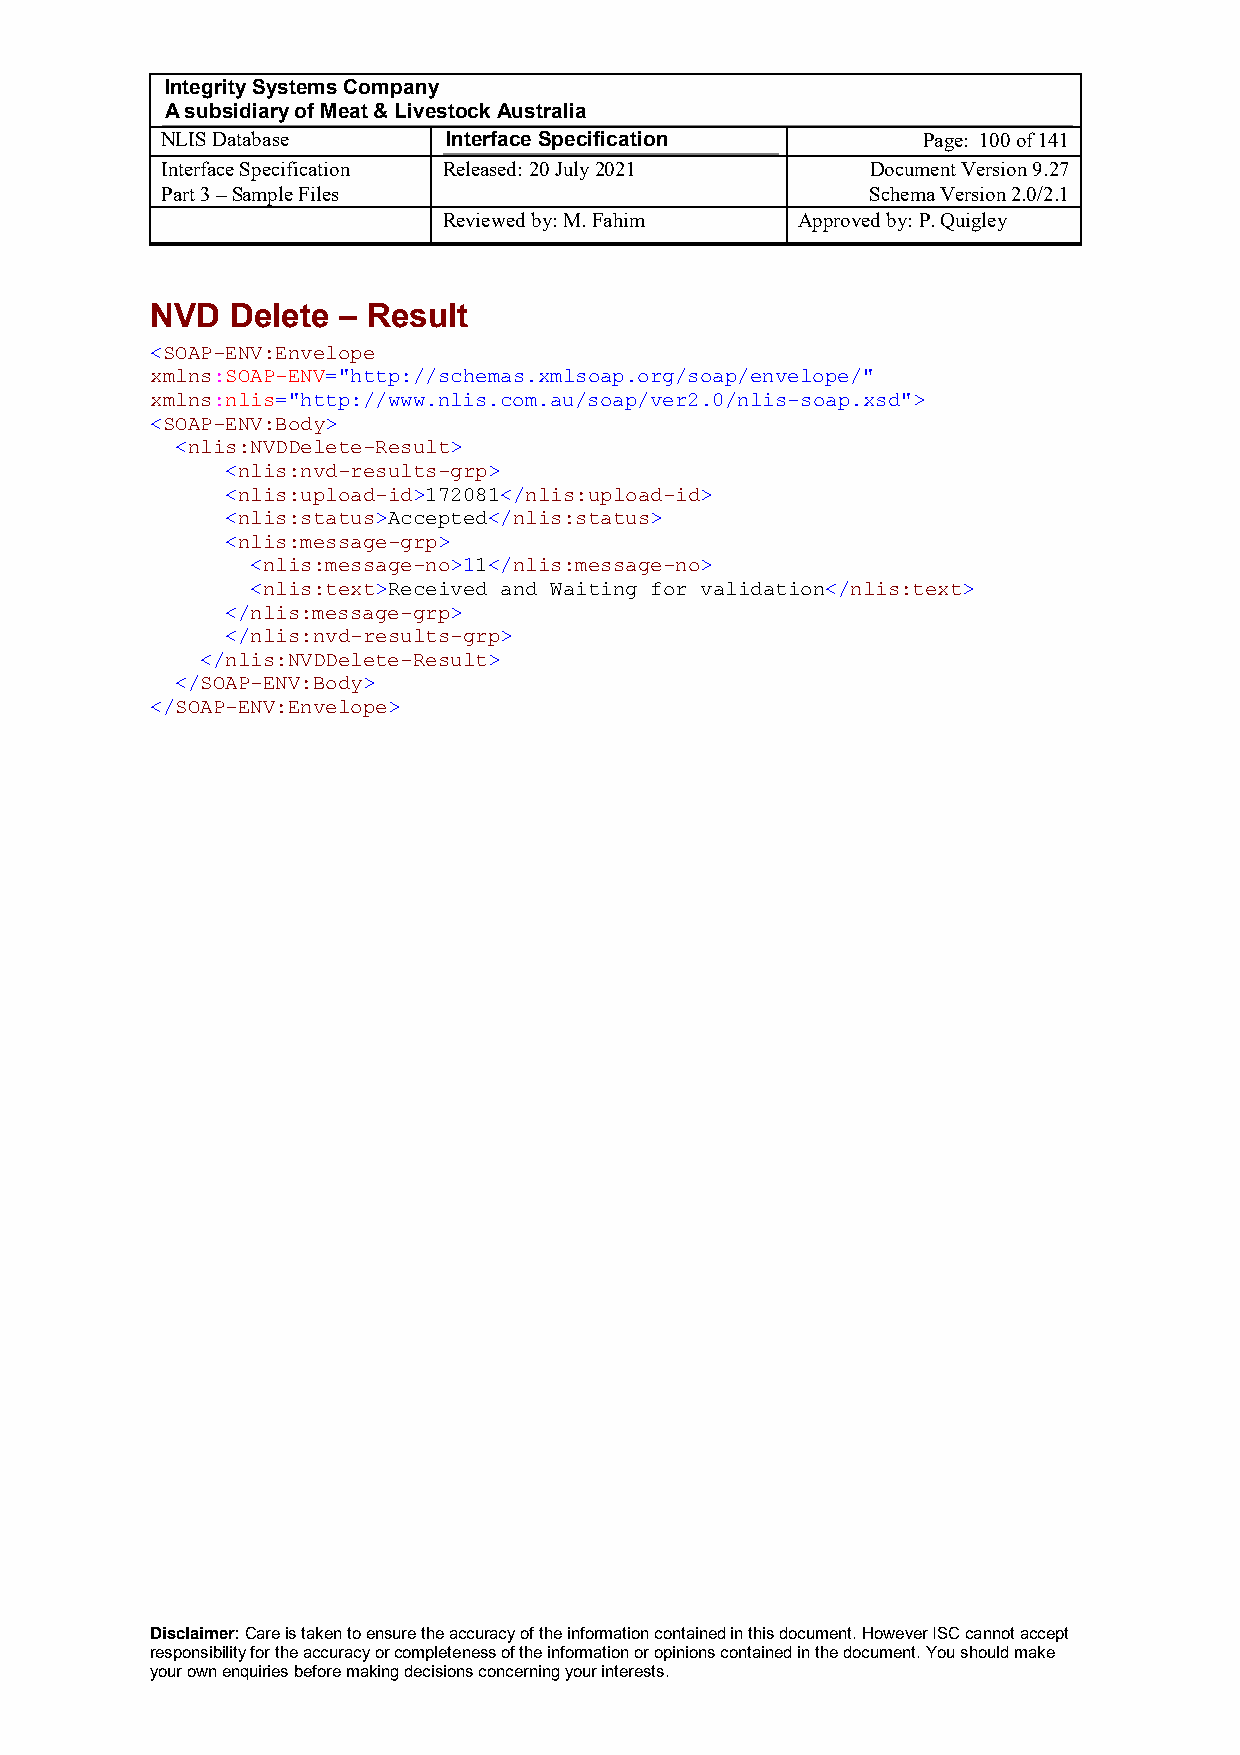
Integrity Systems Company
 A subsidiary of Meat & Livestock Australia
 NLIS Database      Interface Specification        Page: 100 of 141
 Interface Specification Released: 20 July 2021 Document Version 9.27
 Part 3 – Sample Files                          Schema Version 2.0/2.1
 Reviewed by: M. Fahim   Approved by: P. Quigley
 NVD  Delete – Result
 <SOAP-ENV:Envelope
 xmlns:SOAP-ENV="http://schemas.xmlsoap.org/soap/envelope/"
 xmlns:nlis="http://www.nlis.com.au/soap/ver2.0/nlis-soap.xsd">
 <SOAP-ENV:Body>
 <nlis:NVDDelete-Result>
 <nlis:nvd-results-grp>
 <nlis:upload-id>172081</nlis:upload-id>
 <nlis:status>Accepted</nlis:status>
 <nlis:message-grp>
 <nlis:message-no>11</nlis:message-no>
 <nlis:text>Received and Waiting for validation</nlis:text>
 </nlis:message-grp>
 </nlis:nvd-results-grp>
 </nlis:NVDDelete-Result>
 </SOAP-ENV:Body>
 </SOAP-ENV:Envelope>
 Disclaimer: Care is taken to ensure the accuracy of the information contained in this document. However ISC cannot accept
 responsibility for the accuracy or completeness of the information or opinions contained in the document. You should make
 your own enquiries before making decisions concerning your interests.